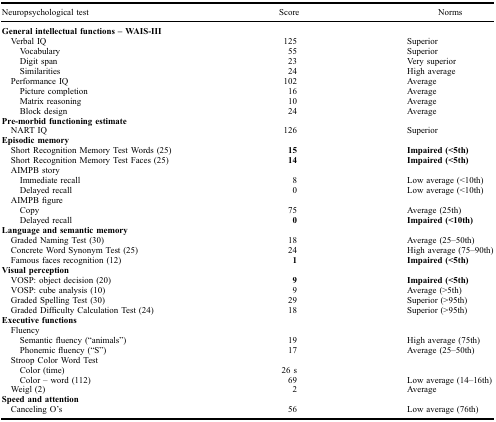
| Neuropsychological test | Score | Norms |
 | --- | --- | --- |
 | General intellectual functions – WAIS-III |  |  |
 | Verbal IQ | 125 | Superior |
 | Vocabulary | 55 | Superior |
 | Digit span | 23 | Very superior |
 | Similarities | 24 | High average |
 | Performance IQ | 102 | Average |
 | Picture completion | 16 | Average |
 | Matrix reasoning | 10 | Average |
 | Block design | 24 | Average |
 | Pre-morbid functioning estimate |  |  |
 | NART IQ | 126 | Superior |
 | Episodic memory |  |  |
 | Short Recognition Memory Test Words (25) | 15 | Impaired (<5th) |
 | Short Recognition Memory Test Faces (25) | 14 | Impaired (<5th) |
 | AIMPB story |  |  |
 | Immediate recall | 8 | Low average (<10th) |
 | Delayed recall | 0 | Low average (<10th) |
 | AIMPB figure |  |  |
 | Copy | 75 | Average (25th) |
 | Delayed recall | 0 | Impaired (<10th) |
 | Language and semantic memory |  |  |
 | Graded Naming Test (30) | 18 | Average (25–50th) |
 | Concrete Word Synonym Test (25) | 24 | High average (75–90th) |
 | Famous faces recognition (12) | 1 | Impaired (<5th) |
 | Visual perception |  |  |
 | VOSP: object decision (20) | 9 | Impaired (<5th) |
 | VOSP: cube analysis (10) | 9 | Average (>5th) |
 | Graded Spelling Test (30) | 29 | Superior (>95th) |
 | Graded Difficulty Calculation Test (24) | 18 | Superior (>95th) |
 | Executive functions |  |  |
 | Fluency |  |  |
 | Semantic fluency (“animals”) | 19 | High average (75th) |
 | Phonemic fluency (“S”) | 17 | Average (25–50th) |
 | Stroop Color Word Test |  |  |
 | Color (time) | 26 s |  |
 | Color – word (112) | 69 | Low average (14–16th) |
 | Weigl (2) | 2 | Average |
 | Speed and attention |  |  |
 | Canceling O’s | 56 | Low average (76th) |